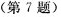
(第7题)